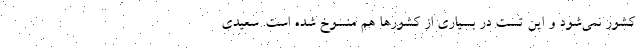
کشور نمی‌شود و این تست در بسیاری از کشورها هم منسوخ شده است. سعیدی